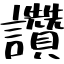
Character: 讚